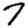
Digit: 7